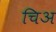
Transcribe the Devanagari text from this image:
चिअ